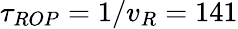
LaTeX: \tau_{ROP}=1/v_{R}=141